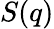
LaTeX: S(q)